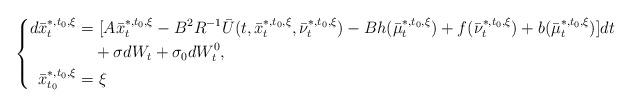
LaTeX: \begin{align*}\left\{\begin{aligned}d\bar x_t^{*,t_0,\xi}=&~[A\bar x_t^{*,t_0,\xi}-B^2R^{-1}\bar U(t,\bar x_t^{*,t_0,\xi},\bar \nu_t^{*,t_0,\xi})-Bh(\bar \mu_t^{*,t_0,\xi})+f(\bar\nu_t^{*,t_0,\xi})+b(\bar\mu_t^{*,t_0,\xi})]dt\\&+\sigma dW_t+\sigma_0dW^0_t,\\\bar x_{t_0}^{*,t_0,\xi}=&~\xi\end{aligned}\right.\end{align*}